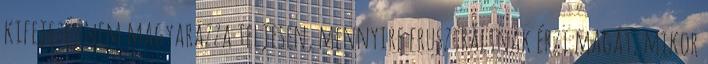
kifejezés nem magyarázza teljesen, mennyire frusztráltnak érzi magát, mikor